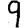
Digit: 9